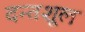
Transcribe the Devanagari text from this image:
दन्तशूल